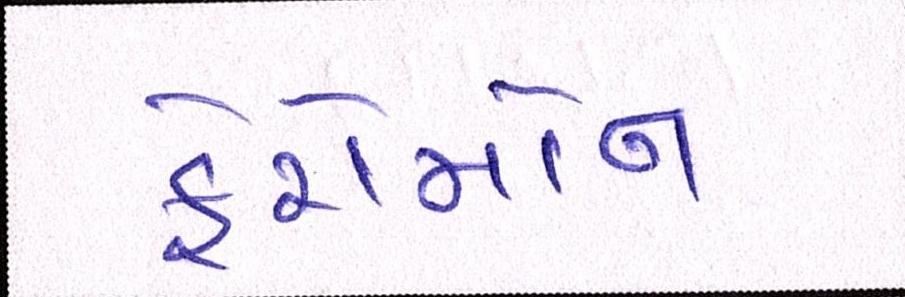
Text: ફેરોમોન